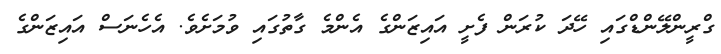
ގްރީންލޭންޑްގައި ހޭދަ ކުރަން ފެށީ އައިޒަންގެ އެންމެ ގާތުގައި ވުމަށެވެ. އެހެނަސް އައިޒަންގެ